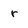
Character: r